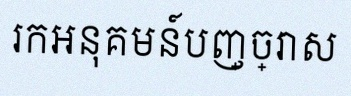
រកអនុគមន៍បញ្ច្រាស